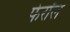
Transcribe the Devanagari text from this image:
फेरॉल